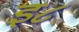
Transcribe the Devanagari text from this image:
इ८